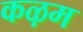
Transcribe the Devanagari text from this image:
कऴम